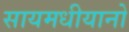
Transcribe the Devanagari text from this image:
सायमधीयानो